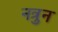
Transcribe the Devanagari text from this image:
नत्रुन